Punjab Mental Hospital Lahore 1922-31 - 1922-1931
Year: 1922
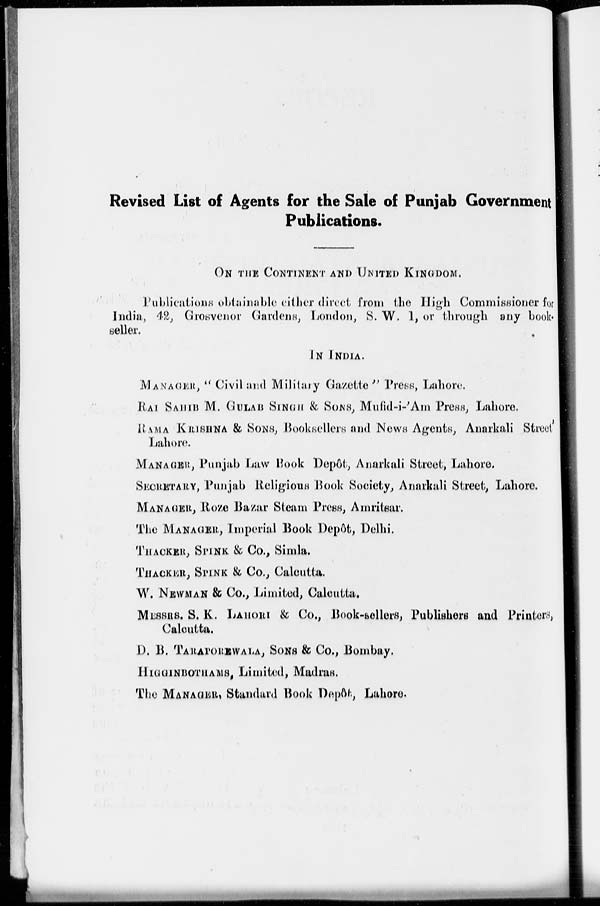
Revised List of Agents for the Sale of Punjab Government
Publications.
ON THE CONTINENT AND UNITED KINGDOM.
Publications obtainable either direct from the High Commissioner for
India, 42, Grosvenor Gardens, London, S. W. l, or through any book
seller.
IN INDIA.
MANAGER, "Civil and Military Gazette" Press, Lahore.
RAI SAHIB M. GULAB SINGH & SONS, Mufid-i-'Am Press, Lahore.
RAMA KRISHNA & SONS, Booksellers and News Agents, Anarkali Street'
Lahore.
MANAGER, Punjab Law Book Depôt, Anarkali Street, Lahore.
SECRETARY, Punjab Religious Book Society, Anarkali Street, Lahore.
MANAGER, Roze Bazar Steam Press, Amritsar.
The MANAGER, Imperial Book Depôt, Delhi.
THACKER, SPINK & Co., Simla.
THACKER, SPINK & Co., Calcutta.
W. NEWMAN & Co., Limited, Calcutta.
MESSRS. S. K. LAHORI & Co., Book-sellers, Publishers and Printers,
Calcutta.
D. B. TARAPOREWALA, SONS & Co., Bombay.
HIGGINBOTHAMS, Limited, Madras.
The MANAGER Standard Book Depôt, Lahore.